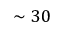
\sim 3 0